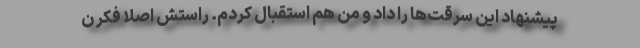
پیشنهاد این سرقت‌ها را داد و من هم استقبال کردم. راستش اصلا فکر ن